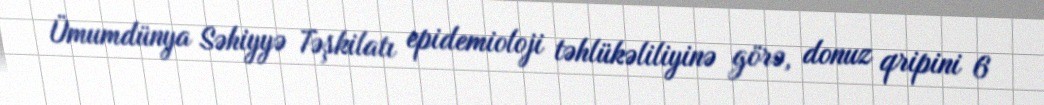
Ümumdünya Səhiyyə Təşkilatı epidemioloji təhlükəliliyinə görə, donuz qripini 6